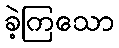
ခဲ့ကြသော